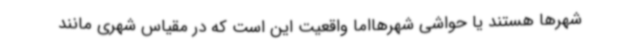
شهرها هستند یا حواشی شهرهااما واقعیت این است که در مقیاس شهری مانند